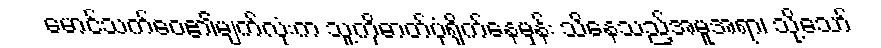
မောင်သက်ဝေ၏မျက်လုံးက သူ့ကိုဓာတ်ပုံရိုက်နေမှန်း သိနေသည့်အမူအရာ၊ သို့သော်